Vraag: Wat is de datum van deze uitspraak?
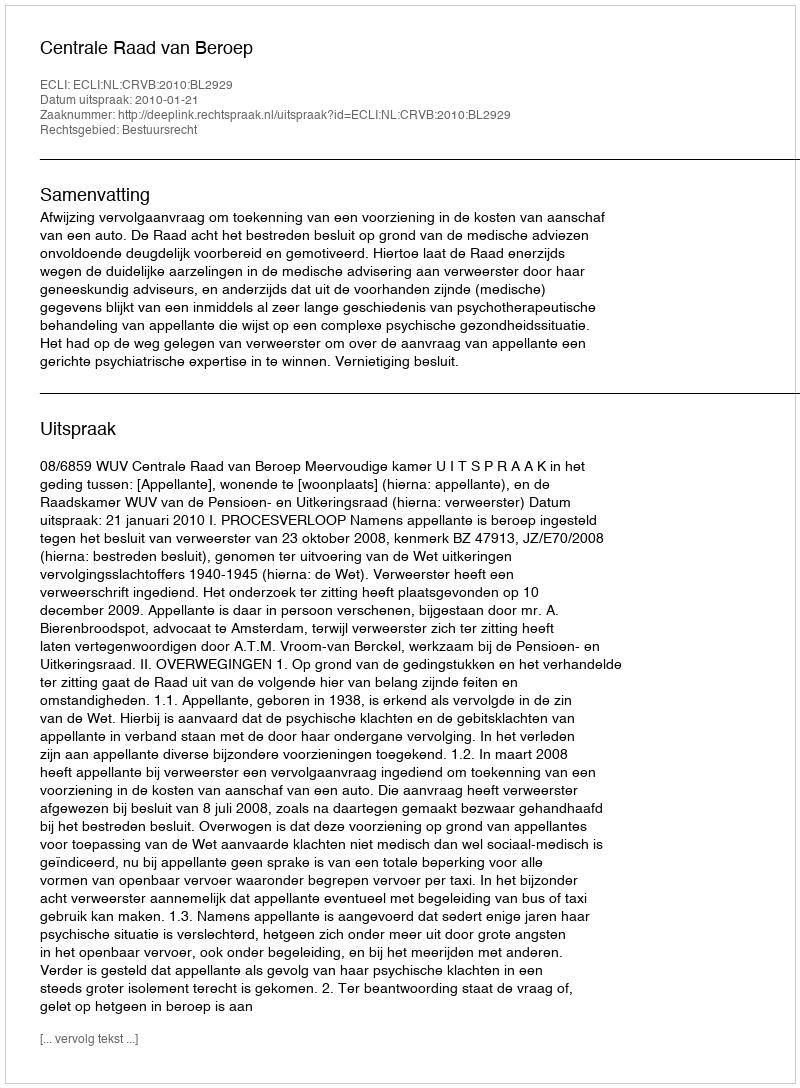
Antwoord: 2010-01-21